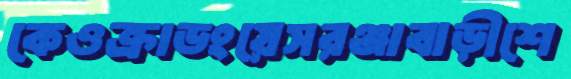
কেওক্রাডংয়েসরঞ্জাবাড়ীশে